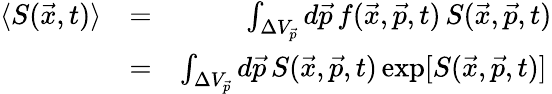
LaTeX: \begin{array}{rlr}{\langle S(\vec{x},t)\rangle}&{=}&{\int_{\Delta V_{\vec{p}}}d\vec{p}\, f(\vec{x},\vec{p},t)\, S(\vec{x},\vec{p},t)}\\ &{=}&{\int_{\Delta V_{\vec{p}}}d\vec{p}\, S(\vec{x},\vec{p},t)\exp[S(\vec{x},\vec{p},t)]\, }\end{array}